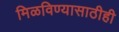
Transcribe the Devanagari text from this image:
मिळविण्यासाठीही